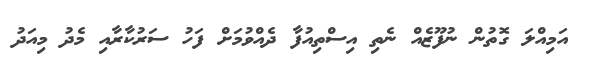
އަމިއްލަ ގޮތުން ނުފޫޒެއް ނެތި އިސްތިއުފާ ދެއްވުމަށް ފަހު ސަރުކާރާއި މެދު މިއަދު